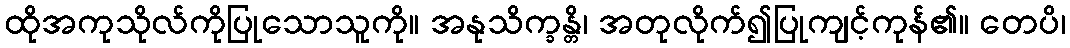
ထိုအကုသိုလ်ကိုပြုသောသူကို။ အနုသိက္ခန္တိ၊ အတုလိုက်၍ပြုကျင့်ကုန်၏။ တေပိ၊